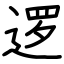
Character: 逻